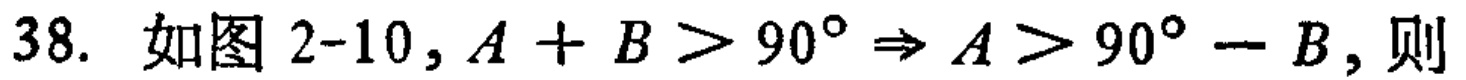
38. 如图2-10，\(A + B > 90^{\circ} \Rightarrow A > 90^{\circ} - B\)，则